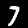
Label: 7